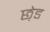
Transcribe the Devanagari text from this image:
छ़ेड